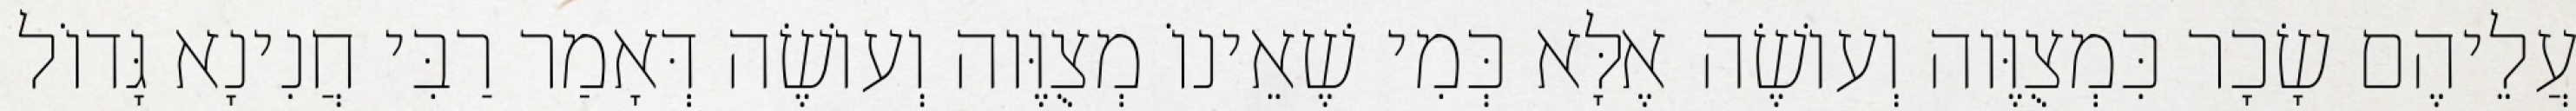
עֲלֵיהֶם שָׂכָר כִּמְצֻוֶּוה וְעוֹשֶׂה אֶלָּא כְּמִי שֶׁאֵינוֹ מְצֻוֶּוה וְעוֹשֶׂה דְּאָמַר רַבִּי חֲנִינָא גָּדוֹל